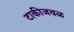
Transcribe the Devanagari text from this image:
टाकीजवळ